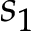
s _ { 1 }